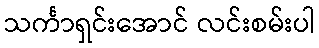
သင်္ကာရှင်းအောင် လင်းစမ်းပါ